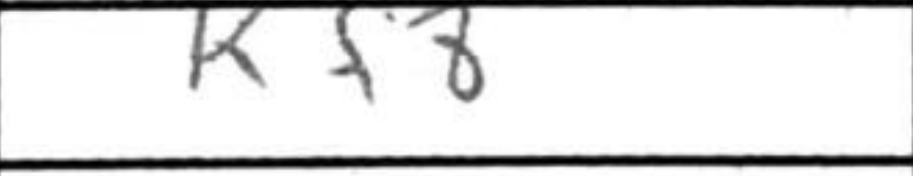
Transcription: Kf8